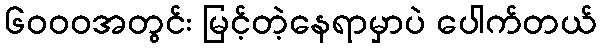
၆၀၀၀အတွင်း မြင့်တဲ့နေရာမှာပဲ ပေါက်တယ်